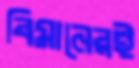
বিমানেরই